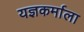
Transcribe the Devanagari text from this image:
यज्ञकर्माला